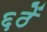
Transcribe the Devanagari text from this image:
६ठें